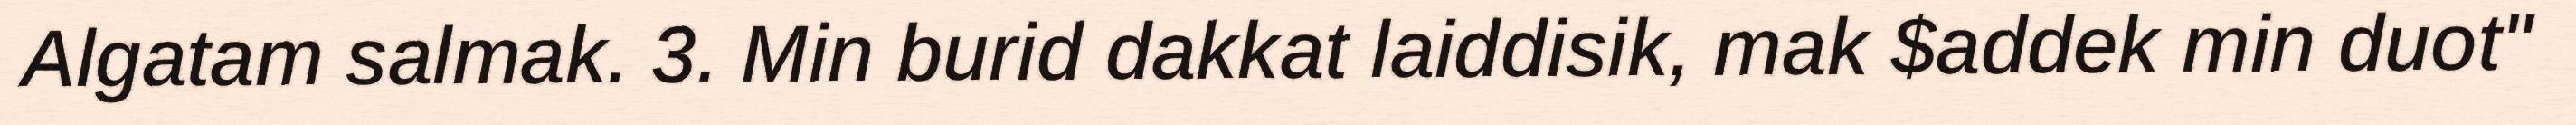
Algatam salmak. 3. Min burid dakkat laiddisik, mak $addek min duot"